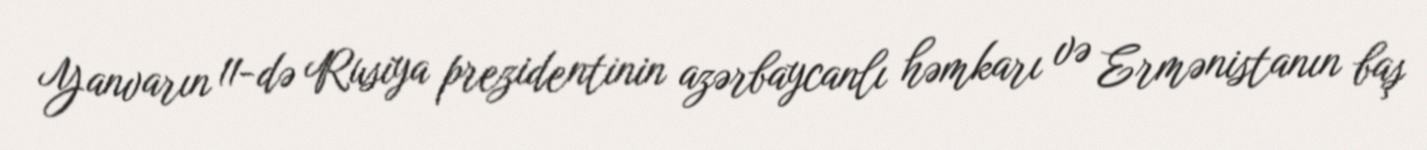
Yanvarın 11-də Rusiya prezidentinin azərbaycanlı həmkarı və Ermənistanın baş